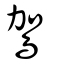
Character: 鴐